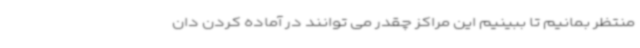
منتظر بمانیم تا ببینیم این مراکز چقدر می توانند در آماده کردن دان